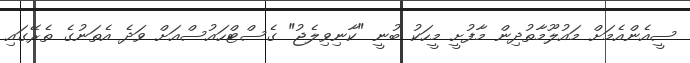
ސީއެންއެމަށް މައުލޫމާތުދިން މާފުށީ މީހަކު ބުނީ "ކާނިވިލެޖު" ގެސްޓްހައުސްއަށް ވަދެ އެތަނުގެ ތެރޭގައި